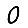
Digit: 0